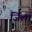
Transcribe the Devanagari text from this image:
जिलॉ